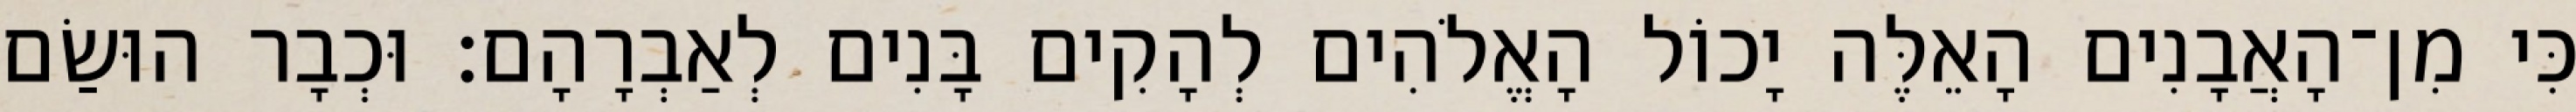
כִּי מִן־הָאֲבָנִים הָאֵלֶּה יָכוֹל הָאֱלֹהִים לְהָקִים בָּנִים לְאַבְרָהָם׃ וּכְבָר הוּשַׂם